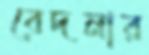
বেদনার